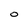
Character: 0